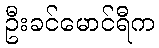
ဦးခင်မောင်ရီက